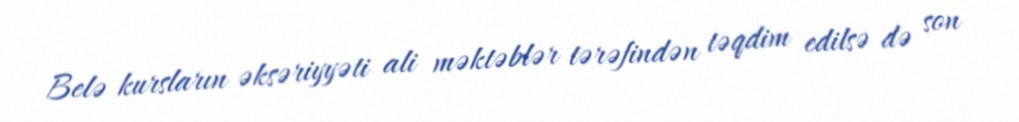
Belə kursların əksəriyyəti ali məktəblər tərəfindən təqdim edilsə də son